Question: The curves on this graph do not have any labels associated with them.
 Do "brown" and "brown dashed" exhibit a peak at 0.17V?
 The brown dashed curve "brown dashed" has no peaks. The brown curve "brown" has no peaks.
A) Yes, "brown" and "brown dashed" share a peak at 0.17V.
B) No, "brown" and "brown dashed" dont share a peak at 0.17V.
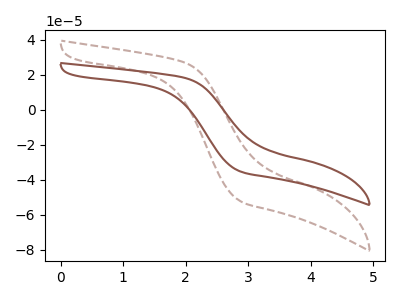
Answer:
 <answer>B) No, "brown" and "brown dashed" dont share a peak at 0.17V.</answer>
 <eval>B</eval>